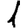
Digit: 1